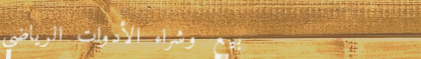
بيع وشراء الأدوات الرياضي